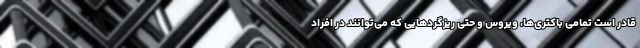
قادر است تمامی باکتری‌ها، ویروس و حتی ریزگردهایی که می‌توانند در افراد